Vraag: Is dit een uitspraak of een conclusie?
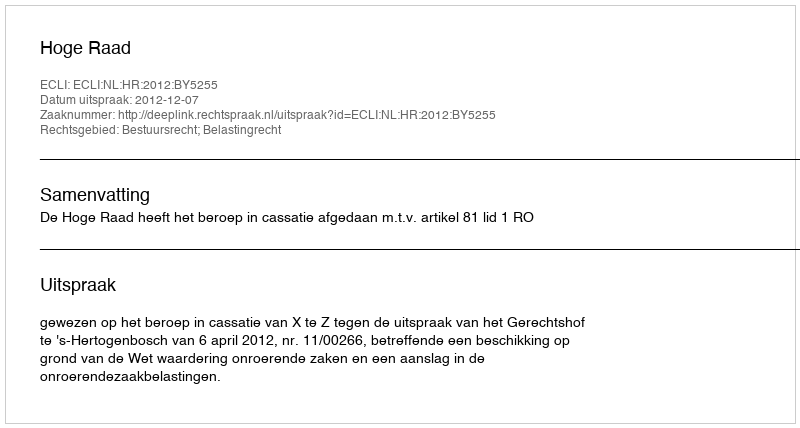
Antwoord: Uitspraak